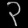
Digit: ၃